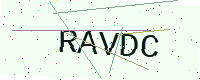
Text: RAVDC